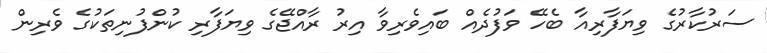
ސަރުކާރުގެ ވިޔަފާރިއާ ބެހޭ ވަފުދެއް ބައިވެރިވާ އިރު ރާއްޖޭގެ ވިޔަފާރި ކުންފުނިތަކުގެ ވެރިން